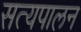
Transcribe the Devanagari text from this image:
सत्यपालन